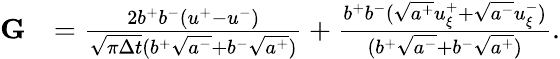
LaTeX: \begin{array}{rl}{\mathbf{G}}&{=\frac{2b^{+}b^{-}(u^{+}-u^{-})}{\sqrt{\pi\Delta t}(b^{+}\sqrt{a^{-}}+b^{-}\sqrt{a^{+}})}+\frac{b^{+}b^{-}(\sqrt{a^{+}}u_{\xi}^{+}+\sqrt{a^{-}}u_{\xi}^{-})}{(b^{+}\sqrt{a^{-}}+b^{-}\sqrt{a^{+}})}.}\end{array}